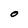
Character: 0